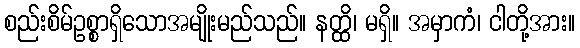
စည်းစိမ်ဥစ္စာရှိသောအမျိုးမည်သည်။ နတ္ထိ၊ မရှိ။ အမှာကံ၊ ငါတို့အား။